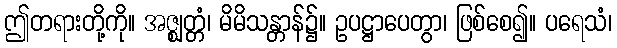
ဤတရားတို့ကို။ အဇ္ဈတ္တံ၊ မိမိသန္တာန်၌။ ဥပဋ္ဌာပေတွာ၊ ဖြစ်စေ၍။ ပရေသံ၊